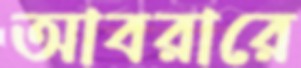
আবরারে